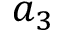
a _ { 3 }